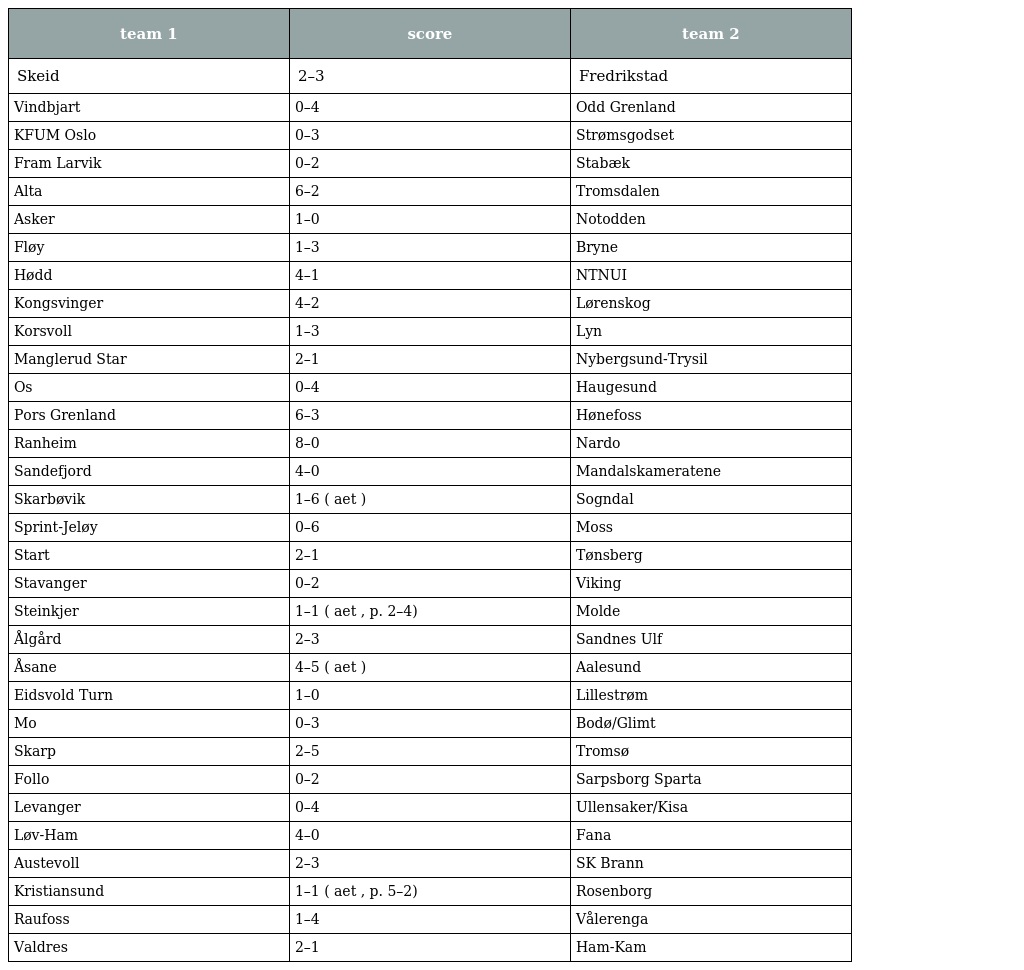
| team 1 | score | team 2 |
 | --- | --- | --- |
 | Skeid | 2–3 | Fredrikstad |
 | Vindbjart | 0–4 | Odd Grenland |
 | KFUM Oslo | 0–3 | Strømsgodset |
 | Fram Larvik | 0–2 | Stabæk |
 | Alta | 6–2 | Tromsdalen |
 | Asker | 1–0 | Notodden |
 | Fløy | 1–3 | Bryne |
 | Hødd | 4–1 | NTNUI |
 | Kongsvinger | 4–2 | Lørenskog |
 | Korsvoll | 1–3 | Lyn |
 | Manglerud Star | 2–1 | Nybergsund-Trysil |
 | Os | 0–4 | Haugesund |
 | Pors Grenland | 6–3 | Hønefoss |
 | Ranheim | 8–0 | Nardo |
 | Sandefjord | 4–0 | Mandalskameratene |
 | Skarbøvik | 1–6 ( aet ) | Sogndal |
 | Sprint-Jeløy | 0–6 | Moss |
 | Start | 2–1 | Tønsberg |
 | Stavanger | 0–2 | Viking |
 | Steinkjer | 1–1 ( aet , p. 2–4) | Molde |
 | Ålgård | 2–3 | Sandnes Ulf |
 | Åsane | 4–5 ( aet ) | Aalesund |
 | Eidsvold Turn | 1–0 | Lillestrøm |
 | Mo | 0–3 | Bodø/Glimt |
 | Skarp | 2–5 | Tromsø |
 | Follo | 0–2 | Sarpsborg Sparta |
 | Levanger | 0–4 | Ullensaker/Kisa |
 | Løv-Ham | 4–0 | Fana |
 | Austevoll | 2–3 | SK Brann |
 | Kristiansund | 1–1 ( aet , p. 5–2) | Rosenborg |
 | Raufoss | 1–4 | Vålerenga |
 | Valdres | 2–1 | Ham-Kam |